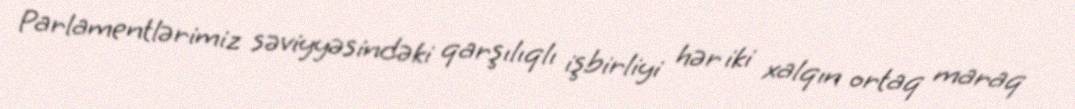
Parlamentlərimiz səviyyəsindəki qarşılıqlı işbirliyi hər iki xalqın ortaq maraq